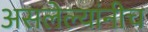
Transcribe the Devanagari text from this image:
असलेल्यांनीच